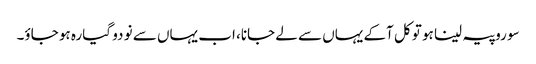
سو روپیہ لینا ہو تو کل آکے یہاں سے لے جانا، اب یہاں سے نو دو گیارہ ہو جاؤ۔